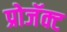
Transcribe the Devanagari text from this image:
प्रोजॅक्ट